Scottish Leaving Certificate Examination, 1960
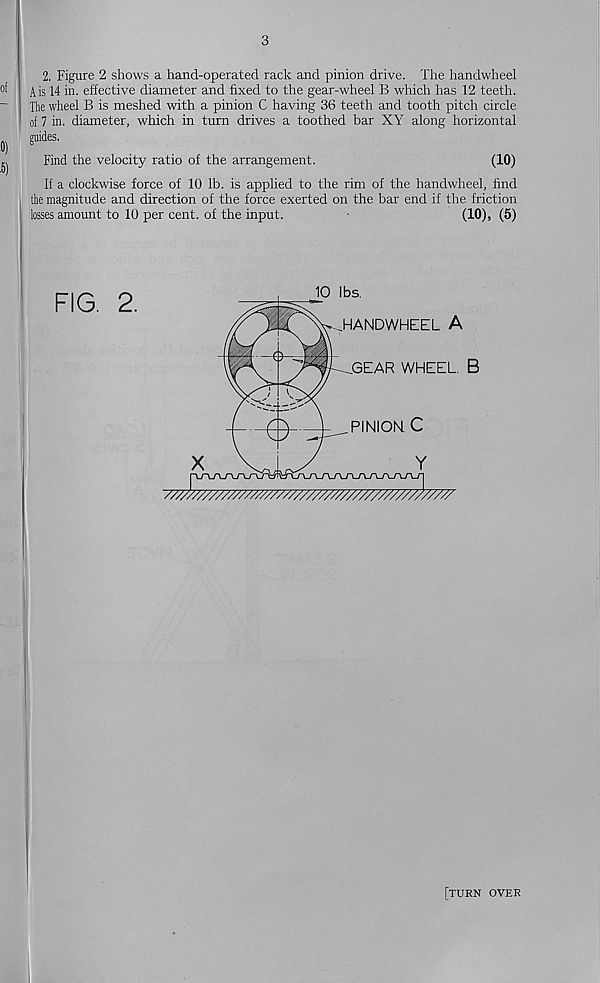
3
2. Figure 2 shows a hand-operated rack and pinion drive. The handwheel
A is 14 in. effective diameter and fixed to the gear-wheel B which has 12 teeth.
The wheel B is meshed with a pinion C having 36 teeth and tooth pitch circle
of 7 in. diameter, which in turn drives a toothed bar XY along horizontal
guides.
Find the velocity ratio of the arrangement.
(10)
If a clockwise force of 10 lb. is applied to the rim of the handwheel, find
the magnitude and direction of the force exerted on the bar end if the friction
losses amount to 10 per cent, of the input.
(10), (5)
[turn over